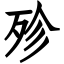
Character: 殄